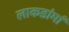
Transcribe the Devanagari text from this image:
लाकडांमां